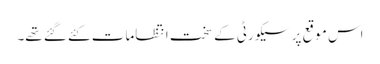
اس موقع پر سیکورٹی کے سخت انتظامات کئے گئے تھے۔